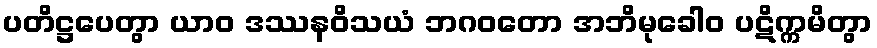
ပတိဋ္ဌပေတွာ ယာဝ ဒဿနဝိသယံ ဘဂဝတော အဘိမုခေါဝ ပဋိက္ကမိတွာ